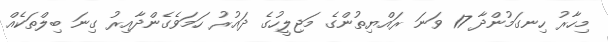
މިހާރު ހިނގަމުންދާ 17 ވަނަ ރައްޔިތުންގެ މަޖިލީހުގެ ދައުރު ހަމަވެގެންދާއިރު ގިނަ ބިލްތަކެއް